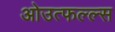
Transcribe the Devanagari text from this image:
ओउत्फल्ल्स